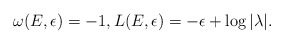
\begin{align*}\omega(E,\epsilon)=-1, L(E,\epsilon) = -\epsilon+ \log |\lambda|.\end{align*}